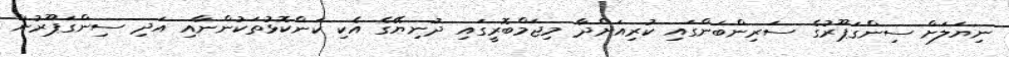
ނިޔަލަށް ސިންގަޕޫރުގެ ސަރިންބަންގައި ކުރިއަށްދާ މިޖަމްބޮރީގައި ދުނިޔޭގެ އެކި ކަންކޮޅުތަކުންނާއި އަދި ސިންގަޕޫރުން